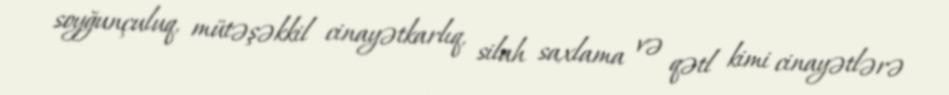
soyğunçuluq, mütəşəkkil cinayətkarlıq, silah saxlama və qətl kimi cinayətlərə